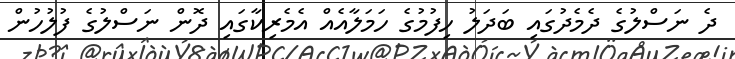
ދެ ނަސްލުގެ ދެމެދުގައި ބަދަލު ހިފުމުގެ ހަމަލާއެއް އެމެރިކާގައި ދޮން ނަސްލުގެ ފުލުހުން